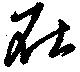
在